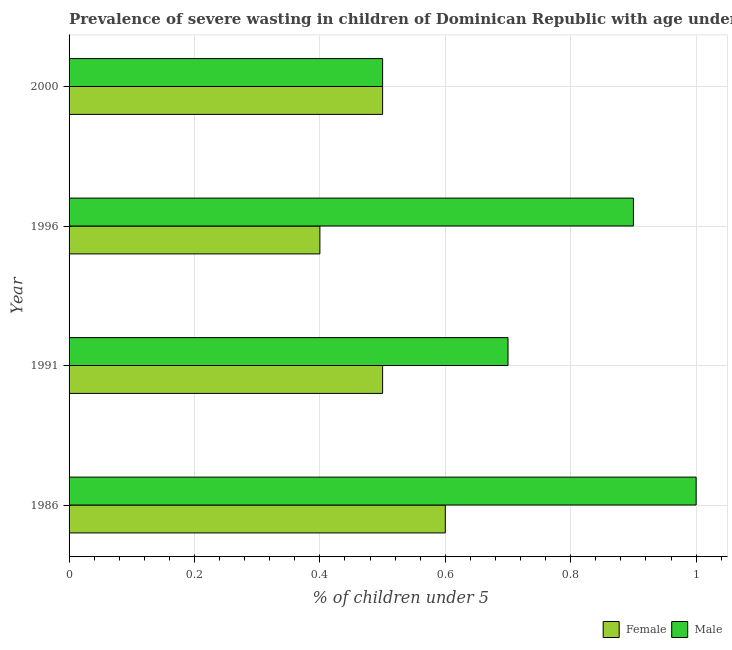
| Year | Female | Male |
 | --- | --- | --- |
 | 1986 | 0.6 | 1 |
 | 1991 | 0.5 | 0.7 |
 | 1996 | 0.4 | 0.9 |
 | 2000 | 0.5 | 0.5 |